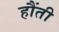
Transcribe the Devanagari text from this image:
हौंती